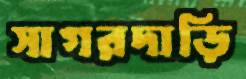
সাগরদাড়ি